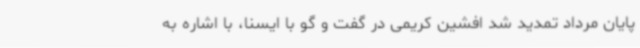
پایان مرداد تمدید شد افشین کریمی در گفت و گو با ایسنا، با اشاره به